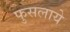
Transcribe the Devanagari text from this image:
फुसलाये